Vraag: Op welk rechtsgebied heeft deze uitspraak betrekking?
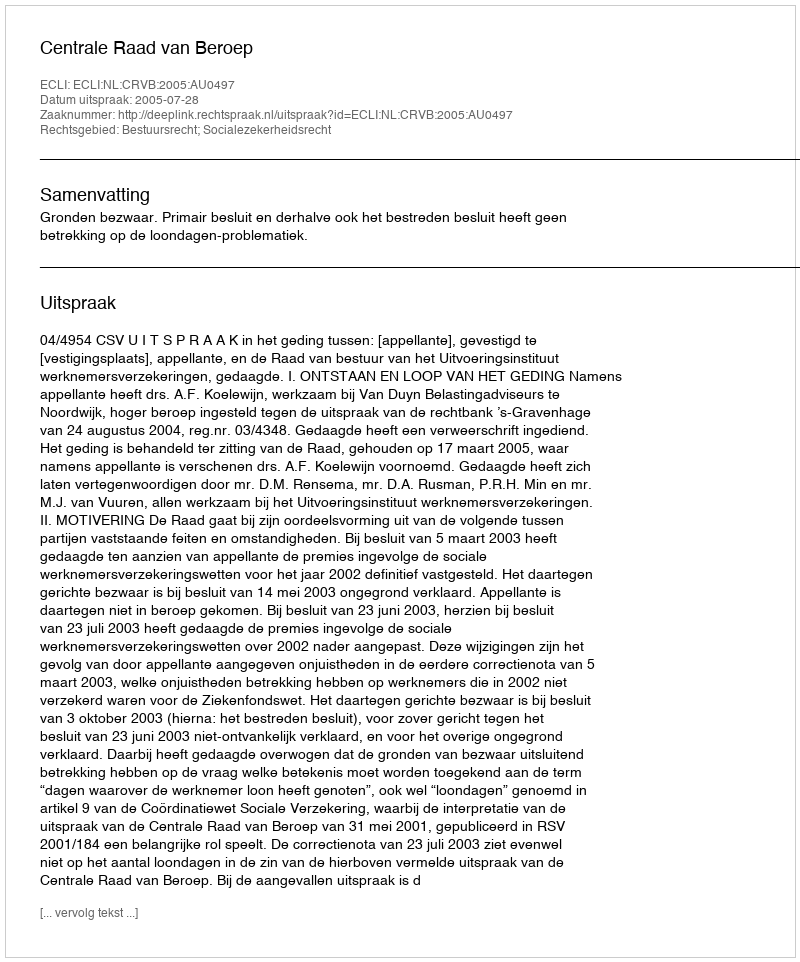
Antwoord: Bestuursrecht; Socialezekerheidsrecht